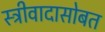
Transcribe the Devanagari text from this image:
स्त्रीवादासोबत